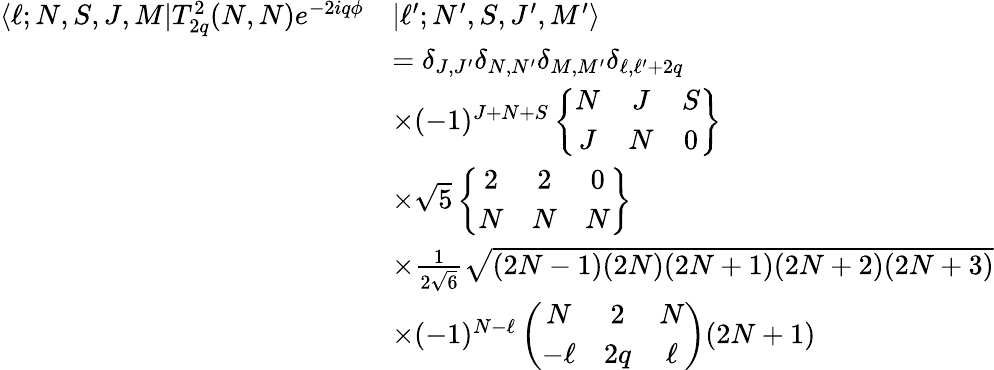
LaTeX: \begin{array}{rl}{\langle\ell;N,S,J,M|T_{2q}^{2}(N,N)e^{-2iq\phi}}&{|\ell^{\prime};N^{\prime},S,J^{\prime},M^{\prime}\rangle}\\ &{=\delta_{J,J^{\prime}}\delta_{N,N^{\prime}}\delta_{M,M^{\prime}}\delta_{\ell,\ell^{\prime}+2q}}\\ &{\times(-1)^{J+N+S}\left\{ \begin{array}{ccc}{N}&{J}&{S}\\ {J}&{N}&{0}\end{array}\right\} }\\ &{\times\sqrt{5}\left\{ \begin{array}{ccc}{2}&{2}&{0}\\ {N}&{N}&{N}\end{array}\right\} }\\ &{\times\frac{1}{2\sqrt{6}}\sqrt{(2N-1)(2N)(2N+1)(2N+2)(2N+3)}}\\ &{\times(-1)^{N-\ell}\left(\begin{array}{ccc}{N}&{2}&{N}\\ {-\ell}&{2q}&{\ell}\end{array}\right)(2N+1)}\end{array}